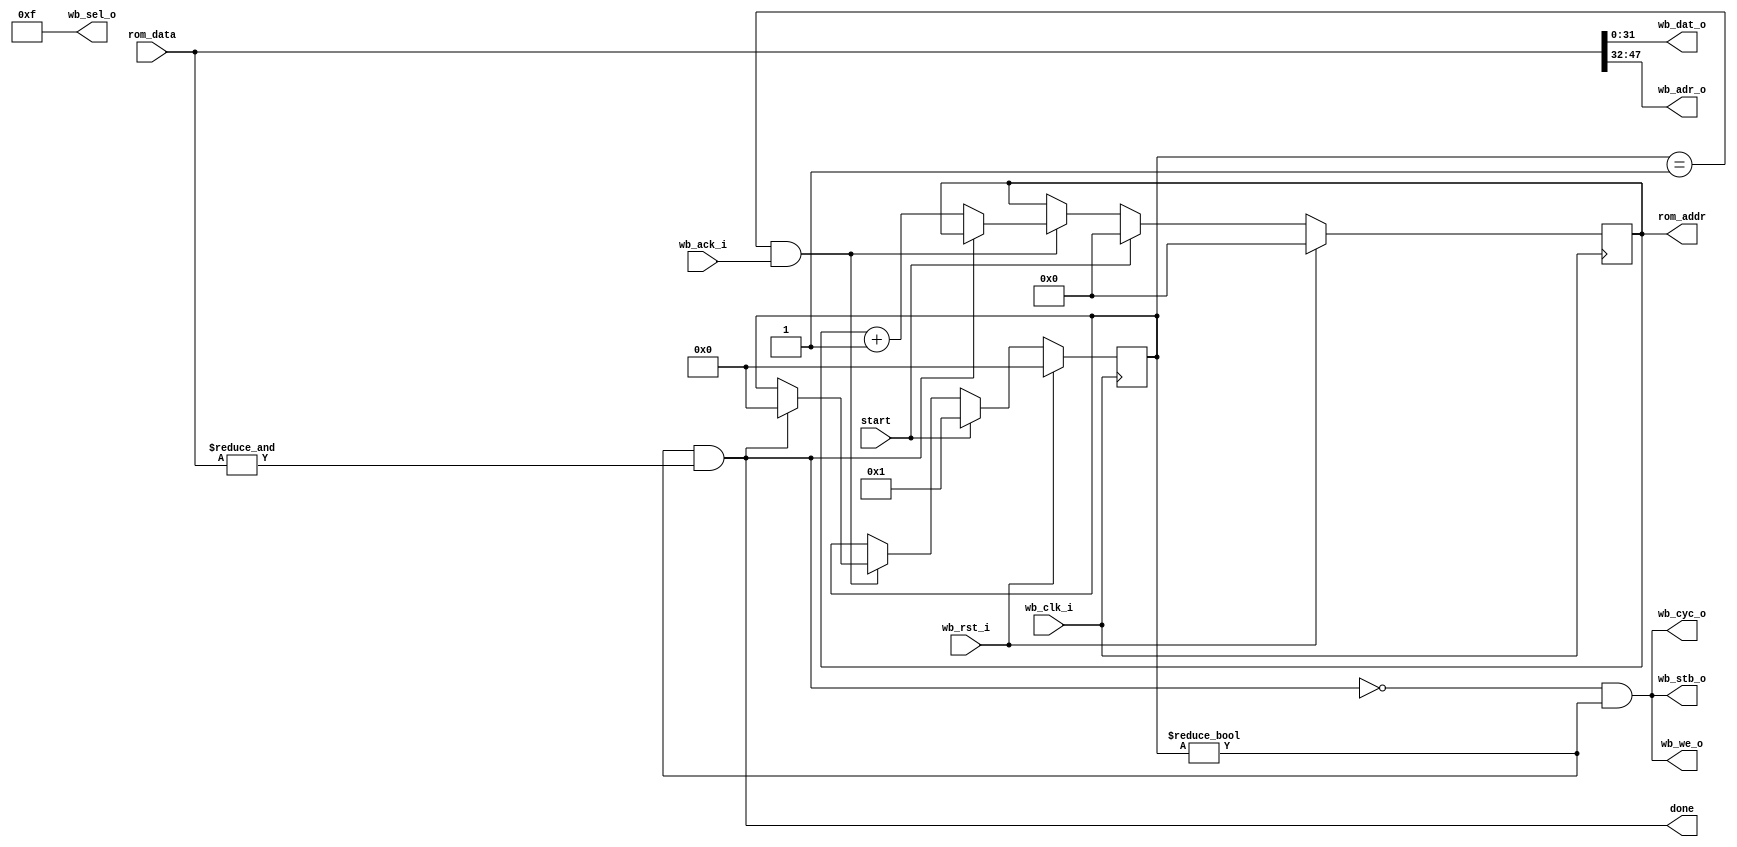
module wb_bus_writer (input start,
		      output done,
		      output reg [15:0] rom_addr,
		      input [47:0] rom_data,
		      // WB Master Interface, don't need wb_dat_i
		      input wb_clk_i,
		      input wb_rst_i,
		      output [31:0] wb_dat_o,
		      input wb_ack_i,
		      output [15:0] wb_adr_o,
		      output wb_cyc_o,
		      output [3:0] wb_sel_o,
		      output wb_stb_o,
		      output wb_we_o
		      );

`define IDLE 0
`define READ 1
   
   reg [3:0] 		     state;
   
   assign 		     done = (state != `IDLE) && (&rom_data);  // Done when we see all 1s
   
   always @(posedge wb_clk_i)
     if(wb_rst_i)
       begin
	  rom_addr <= #1 0;
	  state <= #1 0;
       end
     else if(start)
       begin
	  rom_addr <= #1 0;
	  state <= #1 `READ;
       end
     else if((state == `READ) && wb_ack_i)
       if(done)
	 state <= #1 `IDLE;
       else
	 rom_addr <= #1 rom_addr + 1;
   
   assign wb_dat_o = rom_data[31:0];
   assign wb_adr_o = rom_data[47:32];
   assign wb_sel_o = 4'b1111;    // All writes are the full 32 bits
   
   assign wb_cyc_o = !done & (state != `IDLE);
   assign wb_stb_o = !done & (state != `IDLE);
   assign wb_we_o = !done & (state != `IDLE);
   
endmodule